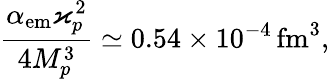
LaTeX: \frac{\alpha_{\mathrm{em}}\varkappa_{p}^{2}}{4M_{p}^{3}}\simeq 0.54\times 10^{-4}\, \mathrm{fm}^{3},